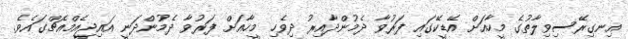
އިނގިރޭސިވިލާތުގެ މީހާއަށް އޭޑީކޭގައި ފަރުވާ ދެމުންދާއިރު ދިވެހި މީހާއަށް ފަރުވާ ދެމުންދަނީ އައިޖީއެމްއެޗްގައެވެ.